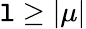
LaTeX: \mathtt{l}\geq\vert\mu\vert